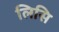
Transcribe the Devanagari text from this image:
लिसि